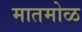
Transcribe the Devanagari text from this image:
मातमोळ